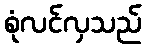
စုံလင်လှသည်